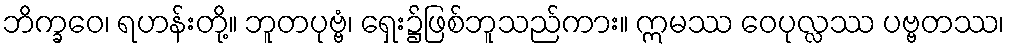
ဘိက္ခဝေ၊ ရဟန်းတို့။ ဘူတပုဗ္ဗံ၊ ရှေး၌ဖြစ်ဘူသည်ကား။ ဣမဿ ဝေပုလ္လဿ ပဗ္ဗတဿ၊